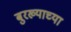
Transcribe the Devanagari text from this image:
बुरख्याच्या